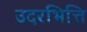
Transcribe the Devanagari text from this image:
उदरभित्ति